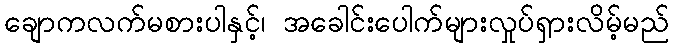
ချောကလက်မစားပါနှင့်၊ အခေါင်းပေါက်များလှုပ်ရှားလိမ့်မည်